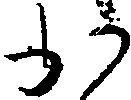
か